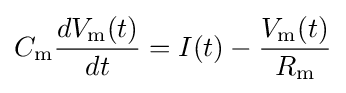
C_{\mathrm {m} }{\frac {dV_{\mathrm {m} }(t)}{dt}}=I(t)-{\frac {V_{\mathrm {m} }(t)}{R_{\mathrm {m} }}}